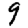
Digit: 9